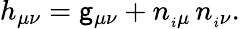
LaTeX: h_{\mu\nu}=\mathsf{g}_{\mu\nu}+n_{_i\mu}\, n_{_i\nu}.